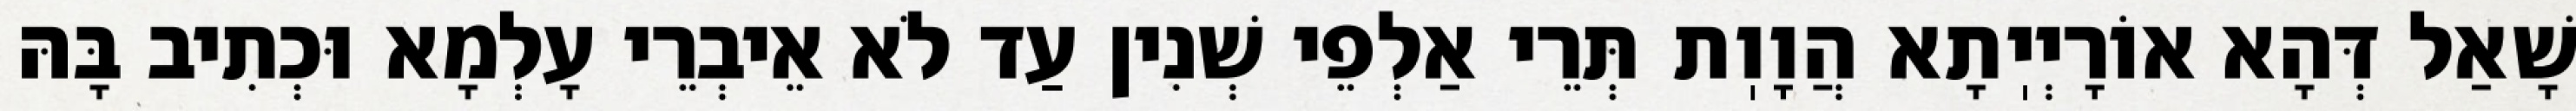
שָׁאַל דְּהָא אוֹרָיְיֽתָא הֲוָוֽת תְּרֵי אַלְפֵי שְׁנִין עַד לֹא אֵיבְרֵי עָלְמָא וּכְתִיב בָּהּ